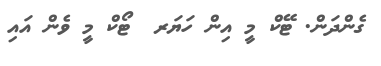
ގެންދަން. ޓޭކް މީ އިން ހަޔަރ  ޓޯކް މީ ވެން އައި